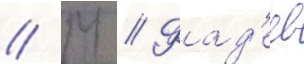
// М // Фад'еев